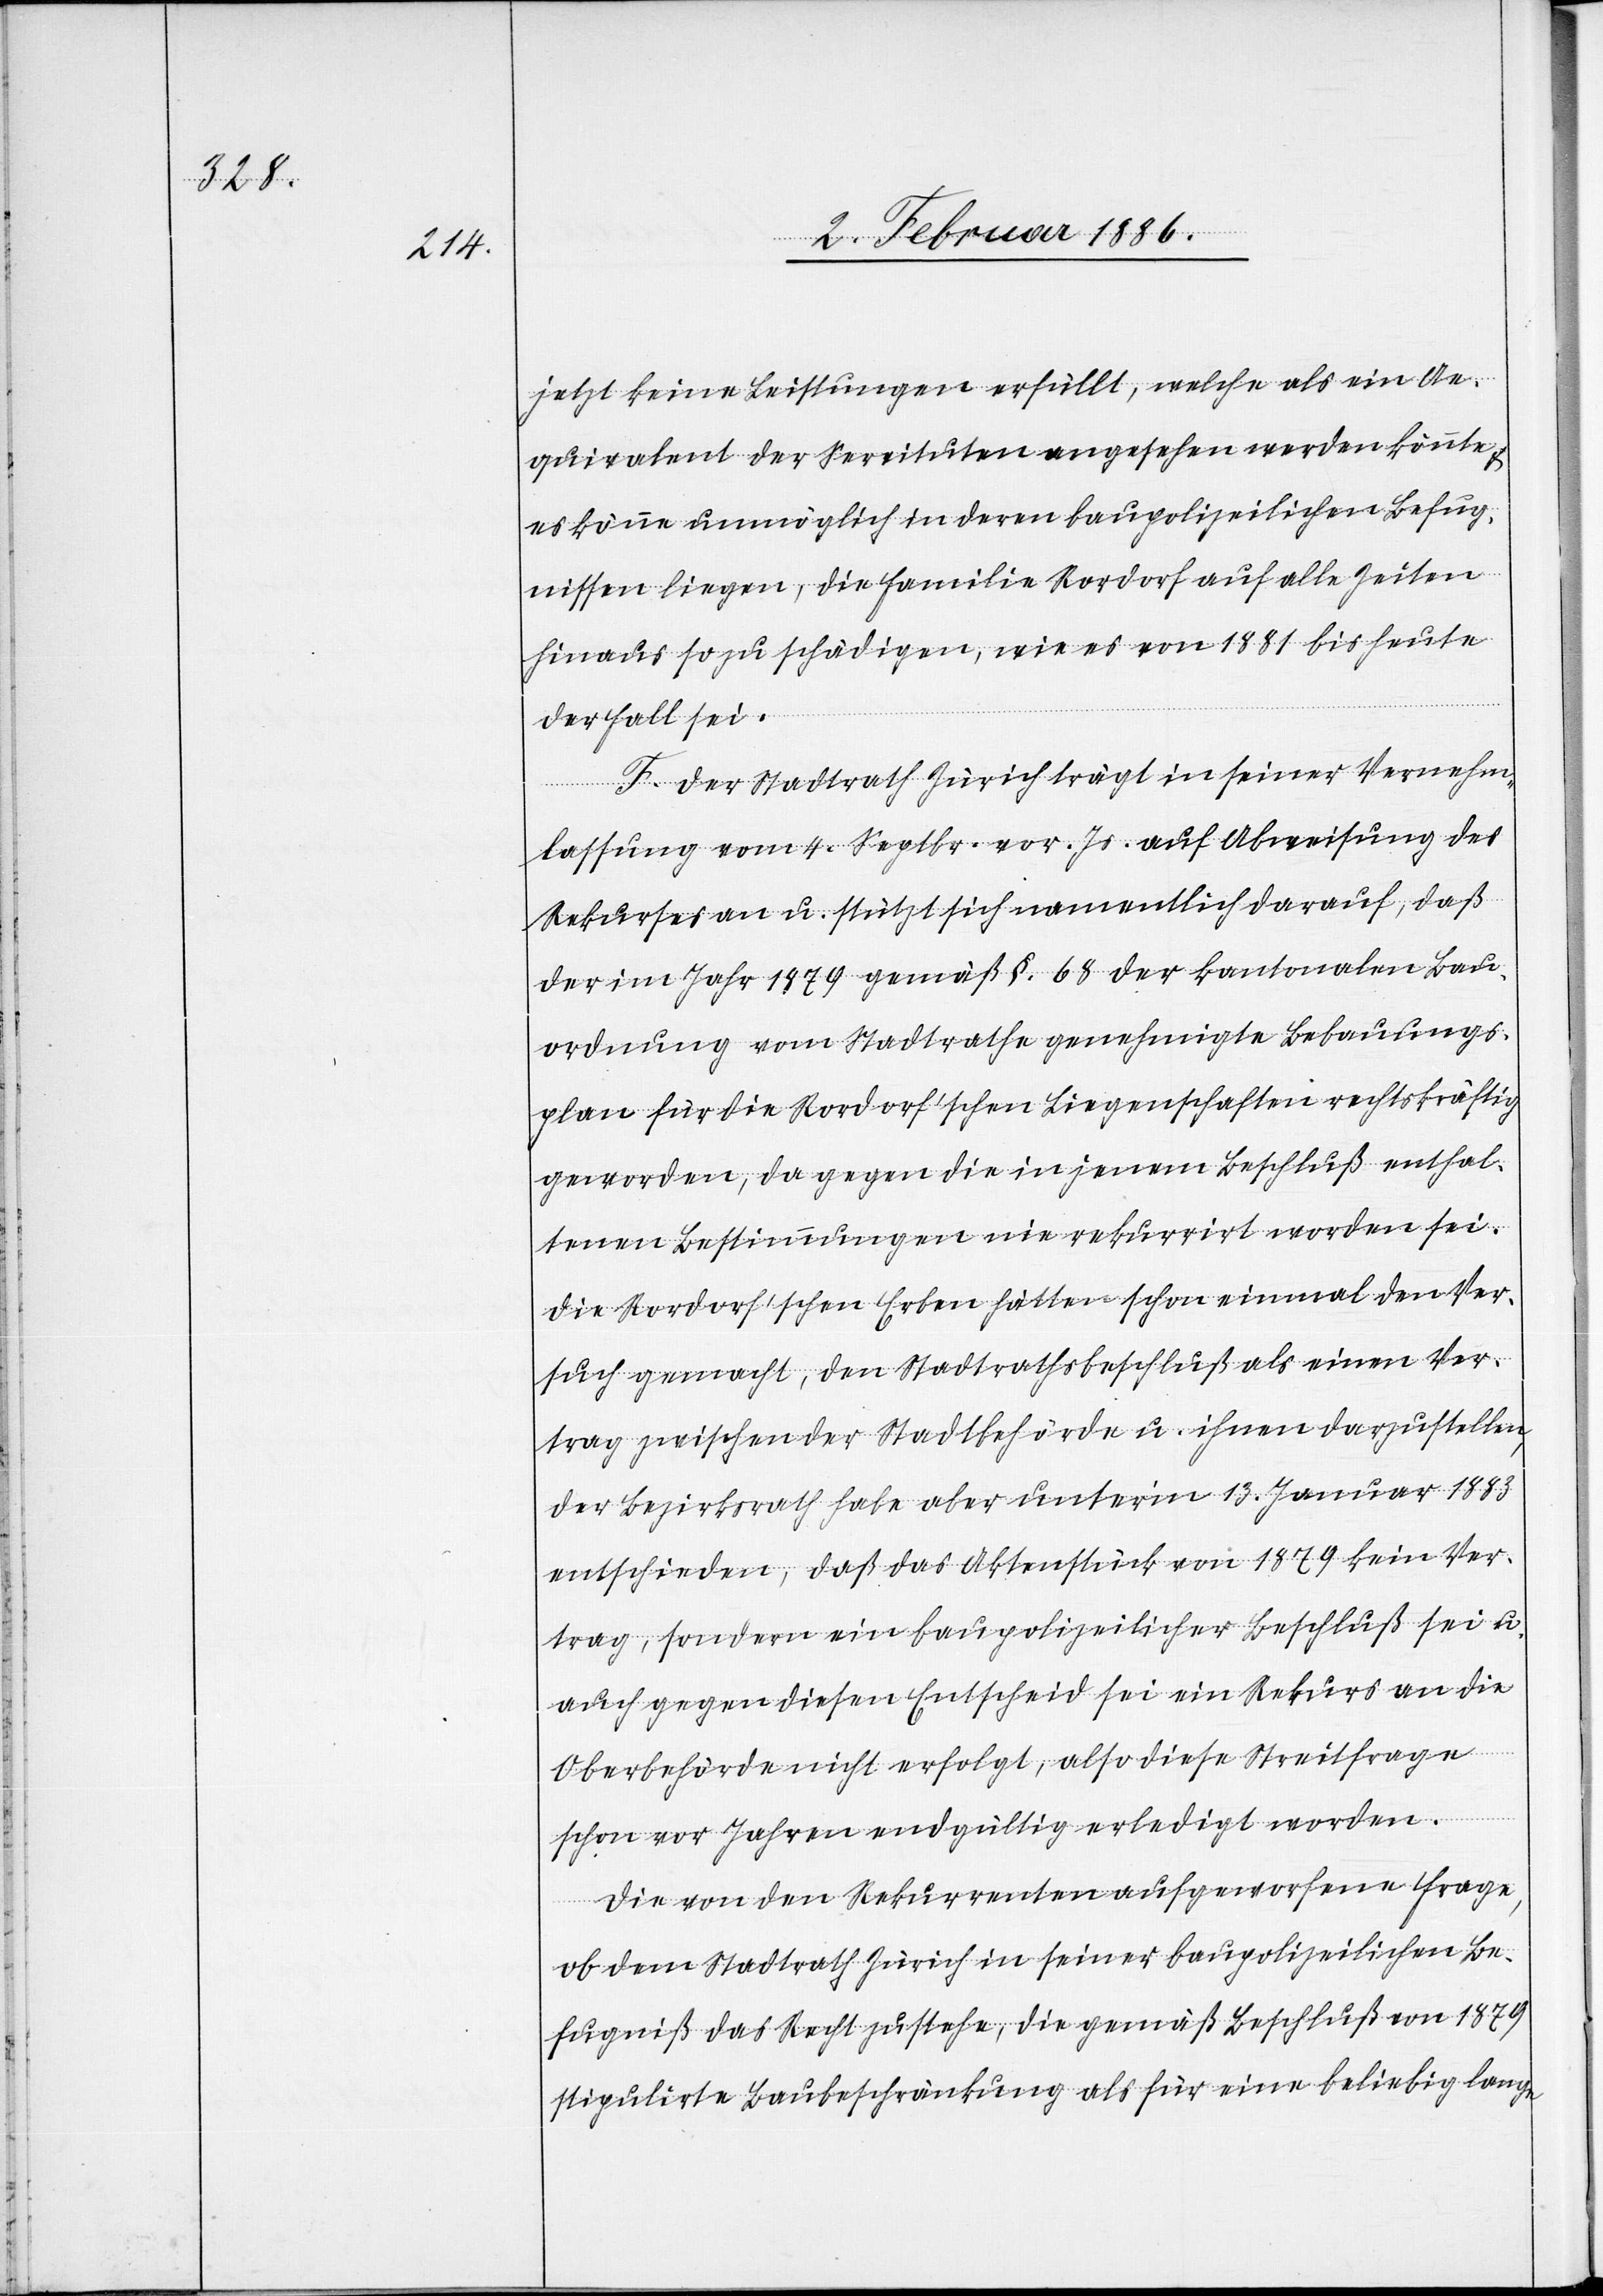
jetzt keine Bestimmungen erfüllt, welche als ein Ae¬
quivalent der Servituten angesehenen werden könnte
es könne unmöglich in deren baupolizeilichen Befug¬
nissen liegen, die Familie Rordorf auf alle Zeiten
hinaus so zu schädigen, wie es von 1881 bis heute
der Fall sei.
F. Der Stadtrath Zürich trägt in seiner Vernehm¬
lassung vom 4. Septbr. vor. Js. auf Abweisung des
Rekurses an u. stützt sich namentlich darauf, daß
der im Jahr 1879 gemäß §. 68 der kantonalen Bau¬
ordnung vom Stadtrathe genehmigte Bebauungs¬
plan für die Rordorf’schen Liegenschaften rechtskräftig
geworden, da gegen die in jenem Beschluß enthal¬
tenen Bestimmungen nie rekurrirt worden sei.
Die Rordorf’schen Erben hätten schon einmal den Ver¬
such gemacht, den Stadtrathsbeschluß als einen Ver¬
trag zwischen der Stadtbehörde u. ihnen darzustellen,
der Bezirksrath habe aber unter’m 13. Januar 1883
entschieden, daß das Aktenstück von 1879 kein Ver¬
trag, sondern ein baupolizeilicher Beschluß sei u.
auch gegen diesen Entscheid sei ein Rekurs an die
Oberbehörden nicht erfolgt, also diese Streitfrage
schon vor Jahren endgültig erledigt worden.
Die von den Rekurrenten aufgeworfene Frage,
ob dem Stadtrath Zürich in seiner baupolizeilichen Be¬
fugniß das Recht zustehe, die gemäß Beschluß von 1879
stipulierte Baubeschränkung als für eine beliebig lange